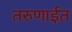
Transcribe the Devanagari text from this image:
तरुणाईत